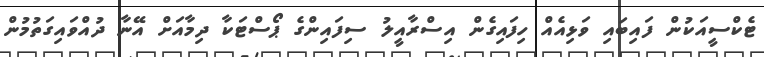
ޓެކްސީއަކުން ފައިބައި ވަޅިއެއް ހިފައިގެން އިސްރާއީލު ސިފައިންގެ ޕޯސްޓަކާ ދިމާއަށް އޭނާ ދުއްވައިގަތުމުން